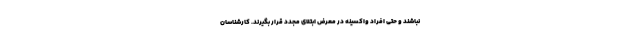
نباشند و حتی افراد واکسینه در معرض ابتلای مجدد قرار بگیرند. کارشناسان